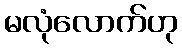
မလုံလောက်ဟု